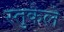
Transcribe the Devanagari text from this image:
स्तुकेले